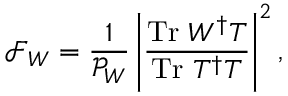
\mathcal { F } _ { W } = \frac { 1 } { \mathcal { P } _ { W } } \left| \frac { \mathrm { T r } ~ W ^ { \dagger } T } { \mathrm { T r } ~ T ^ { \dagger } T } \right| ^ { 2 } ,